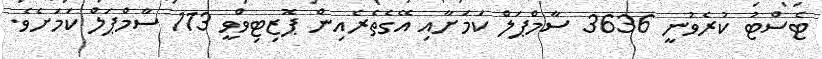
ޓެސްޓު ކުރެވުނީ 3636 ސާމްޕަލް ކަމަށާއި އޭގެތެރެއިން ޕޮޒިޓިވްވީ 113 ސާމްޕަލް ކަމަށެވެ.